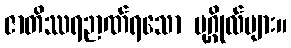
ဇာတိဿရဉာဏ်ရသော ပုဂ္ဂိုလ်များ။